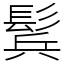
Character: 鬂